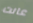
عانت